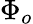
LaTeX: \Phi_{o}